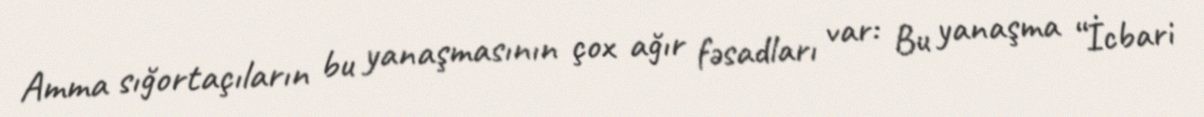
Amma sığortaçıların bu yanaşmasının çox ağır fəsadları var: Bu yanaşma “İcbari